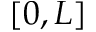
[ 0 , L ]